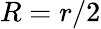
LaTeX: R=r/2